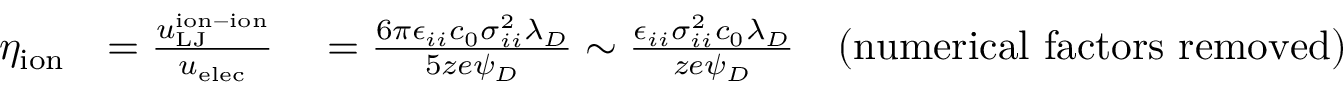
\begin{array} { r l } { \eta _ { \mathrm { i o n } } } & { = \frac { u _ { \mathrm { L J } } ^ { \mathrm { i o n - i o n } } } { u _ { \mathrm { e l e c } } } \quad = \frac { 6 \pi \epsilon _ { i i } c _ { 0 } \sigma _ { i i } ^ { 2 } \lambda _ { D } } { 5 z e \psi _ { D } } \sim \frac { \epsilon _ { i i } \sigma _ { i i } ^ { 2 } c _ { 0 } \lambda _ { D } } { z e \psi _ { D } } \quad \mathrm { ( n u m e r i c a l ~ f a c t o r s ~ r e m o v e d ) } } \end{array}